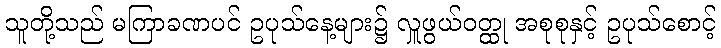
သူတို့သည် မကြာခဏပင် ဥပုသ်နေ့များ၌ လှူဖွယ်ဝတ္ထု အစုစုနှင့် ဥပုသ်စောင့်